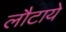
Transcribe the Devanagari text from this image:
लौटाये